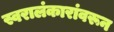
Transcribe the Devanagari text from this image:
स्वरालंकारांवरून